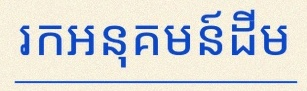
រកអនុគមន៍ដើម